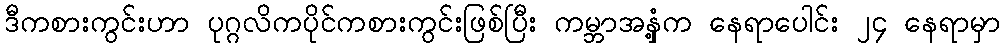
ဒီကစားကွင်းဟာ ပုဂ္ဂလိကပိုင်ကစားကွင်းဖြစ်ပြီး ကမ္ဘာအနှံ့က နေရာပေါင်း ၂၄ နေရာမှာ